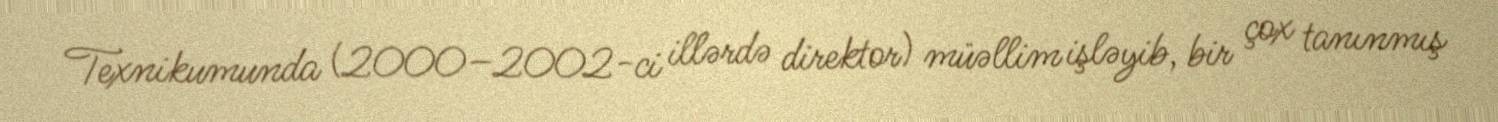
Texnikumunda (2000–2002-ci illərdə direktor) müəllim işləyib, bir çox tanınmış